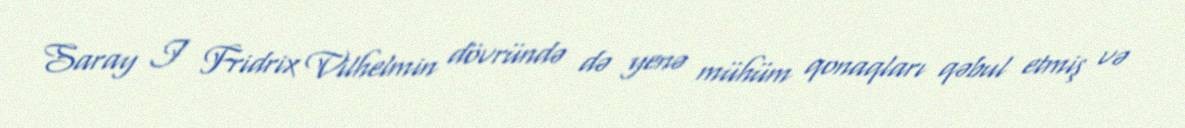
Saray I Fridrix Vilhelmin dövründə də yenə mühüm qonaqları qəbul etmiş və